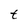
Character: t